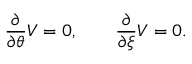
{ \frac { \partial } { \partial \theta } } V = 0 , \qquad { \frac { \partial } { \partial \xi } } V = 0 .